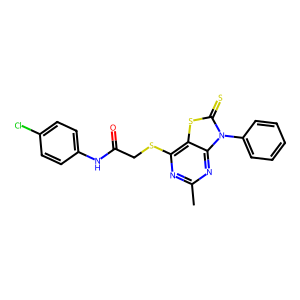
SMILES: Cc1nc(SCC(=O)Nc2ccc(Cl)cc2)c2sc(=S)n(-c3ccccc3)c2n1
Inhibits HIV replication: No